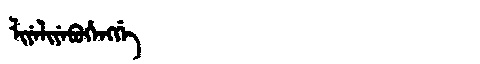
Manchu: ᠯᡳᠶᡝᠯᡳᠶᡝᠪᡠᡥᡝᠩᡤᡝ
Romanization: LIYELIYEBUHENGGE